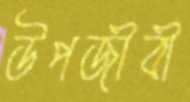
উপজীবী